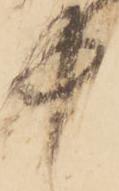
中